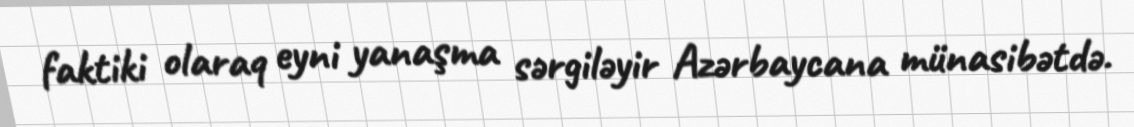
faktiki olaraq eyni yanaşma sərgiləyir Azərbaycana münasibətdə.